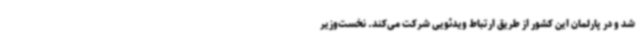
شد و در پارلمان این کشور از طریق ارتباط ویدئویی شرکت می‌کند. نخست‌وزیر